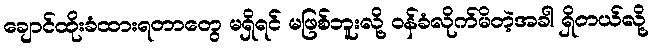
ချောင်ထိုးခံထားရတာတွေ မရှိရင် မဖြစ်ဘူးလို့ ဝန်ခံလိုက်မိတဲ့အခါ ရှိတယ်လို့